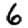
Digit: 6